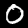
Label: 0